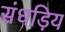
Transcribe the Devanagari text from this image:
संधड़िय